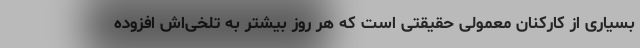
بسیاری از کارکنان معمولی حقیقتی است که هر روز بیشتر به تلخی‌اش افزوده